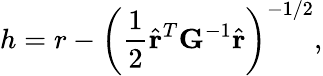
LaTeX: h=r-\left(\frac{1}{2}\hat{{\mathbf r}}^{T}\mathrm{\mathbf G^{-1}}\hat{{\mathbf r}}\right)^{-1/2},